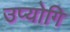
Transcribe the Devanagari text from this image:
उप्योगि